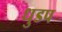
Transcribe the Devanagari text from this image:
धुडप